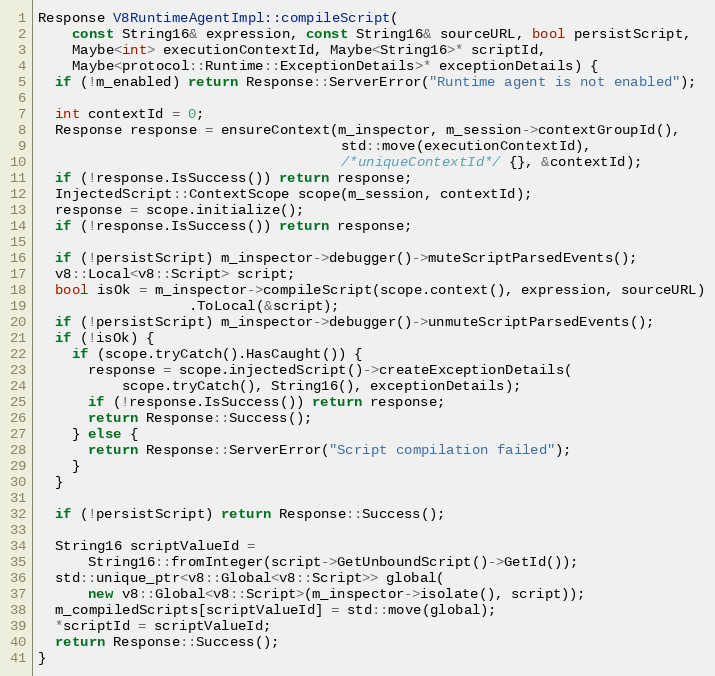
Language: C++
Response V8RuntimeAgentImpl::compileScript(
    const String16& expression, const String16& sourceURL, bool persistScript,
    Maybe<int> executionContextId, Maybe<String16>* scriptId,
    Maybe<protocol::Runtime::ExceptionDetails>* exceptionDetails) {
  if (!m_enabled) return Response::ServerError("Runtime agent is not enabled");

  int contextId = 0;
  Response response = ensureContext(m_inspector, m_session->contextGroupId(),
                                    std::move(executionContextId),
                                    /*uniqueContextId*/ {}, &contextId);
  if (!response.IsSuccess()) return response;
  InjectedScript::ContextScope scope(m_session, contextId);
  response = scope.initialize();
  if (!response.IsSuccess()) return response;

  if (!persistScript) m_inspector->debugger()->muteScriptParsedEvents();
  v8::Local<v8::Script> script;
  bool isOk = m_inspector->compileScript(scope.context(), expression, sourceURL)
                  .ToLocal(&script);
  if (!persistScript) m_inspector->debugger()->unmuteScriptParsedEvents();
  if (!isOk) {
    if (scope.tryCatch().HasCaught()) {
      response = scope.injectedScript()->createExceptionDetails(
          scope.tryCatch(), String16(), exceptionDetails);
      if (!response.IsSuccess()) return response;
      return Response::Success();
    } else {
      return Response::ServerError("Script compilation failed");
    }
  }

  if (!persistScript) return Response::Success();

  String16 scriptValueId =
      String16::fromInteger(script->GetUnboundScript()->GetId());
  std::unique_ptr<v8::Global<v8::Script>> global(
      new v8::Global<v8::Script>(m_inspector->isolate(), script));
  m_compiledScripts[scriptValueId] = std::move(global);
  *scriptId = scriptValueId;
  return Response::Success();
}